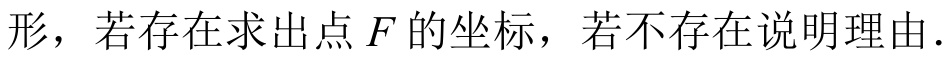
形，若存在求出点\(F\)的坐标，若不存在说明理由．